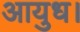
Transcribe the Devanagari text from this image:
आयुध।